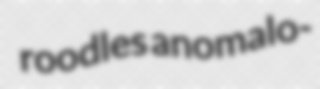
roodles anomalo-